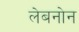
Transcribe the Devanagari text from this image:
लेबनोन